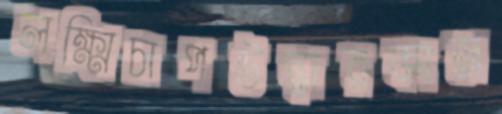
লক্ষ্মিচাপউদ্ধারকাজ